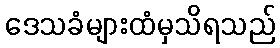
ဒေသခံများထံမှသိရသည်